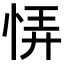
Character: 𢙱